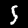
Label: 5